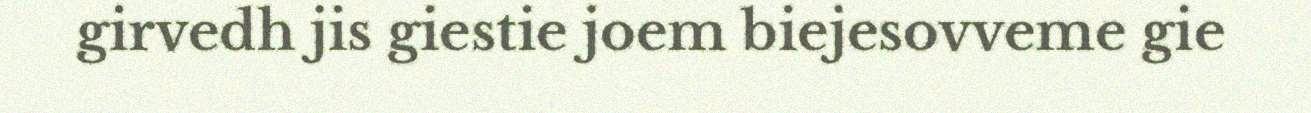
girvedh jis giestie joem biejesovveme gie